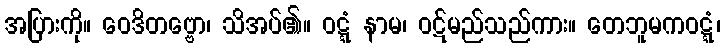
အပြားကို။ ဝေဒိတဗ္ဗော၊ သိအပ်၏။ ဝဋ္ဋံ နာမ၊ ဝဋ်မည်သည်ကား။ တေဘူမကဝဋ္ဋံ၊